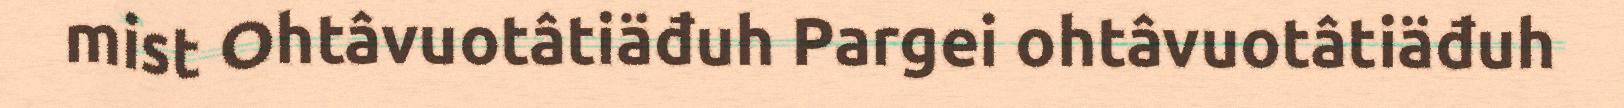
mist Ohtâvuotâtiäđuh Pargei ohtâvuotâtiäđuh